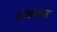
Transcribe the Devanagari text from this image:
थोडंफार